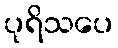
ပုရိသပေ